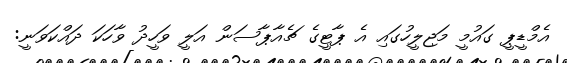
އެމްޑީޕީ ގައުމީ މަޖިލީހުގައި އެ ޕާޓީގެ ޗެއާޕާސަން އަލީ ވަހީދު ވާހަކަ ދައްކަވަނީ: